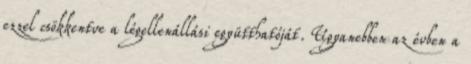
ezzel csökkentve a légellenállási együtthatóját. Ugyanebben az évben a